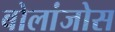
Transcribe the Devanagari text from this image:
बोलांजोस